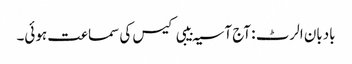
بادبان الرٹ : آج آسیہ بیبی کیس کی سماعت ہوئی۔